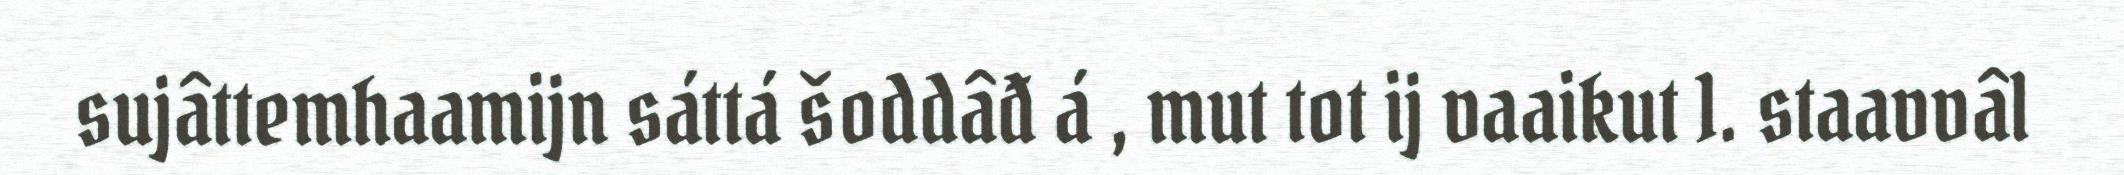
sujâttemhaamijn sáttá šoddâđ á , mut tot ij vaaikut 1. staavvâl